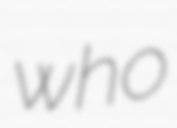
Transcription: who